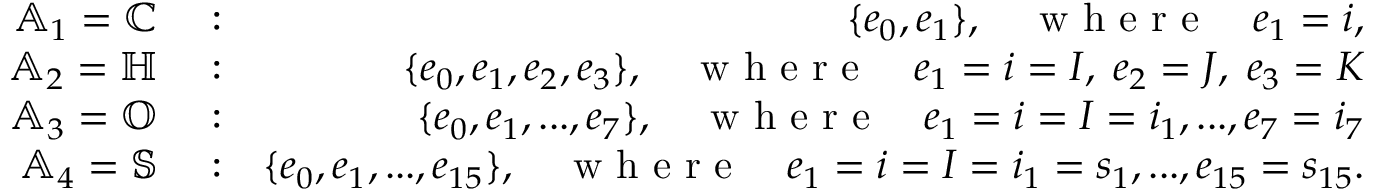
\begin{array} { r l r } { \mathbb { A } _ { 1 } = \mathbb { C } } & { { } : } & { \{ e _ { 0 } , e _ { 1 } \} , \quad \textrm { w h e r e } \quad e _ { 1 } = i , } \\ { \mathbb { A } _ { 2 } = \mathbb { H } } & { { } : } & { \{ e _ { 0 } , e _ { 1 } , e _ { 2 } , e _ { 3 } \} , \quad \textrm { w h e r e } \quad e _ { 1 } = i = I , \; e _ { 2 } = J , \; e _ { 3 } = K } \\ { \mathbb { A } _ { 3 } = \mathbb { O } } & { { } : } & { \{ e _ { 0 } , e _ { 1 } , . . . , e _ { 7 } \} , \quad \textrm { w h e r e } \quad e _ { 1 } = i = I = i _ { 1 } , . . . , e _ { 7 } = i _ { 7 } } \\ { \mathbb { A } _ { 4 } = \mathbb { S } } & { { } : } & { \{ e _ { 0 } , e _ { 1 } , . . . , e _ { 1 5 } \} , \quad \textrm { w h e r e } \quad e _ { 1 } = i = I = i _ { 1 } = s _ { 1 } , . . . , e _ { 1 5 } = s _ { 1 5 } . } \end{array}